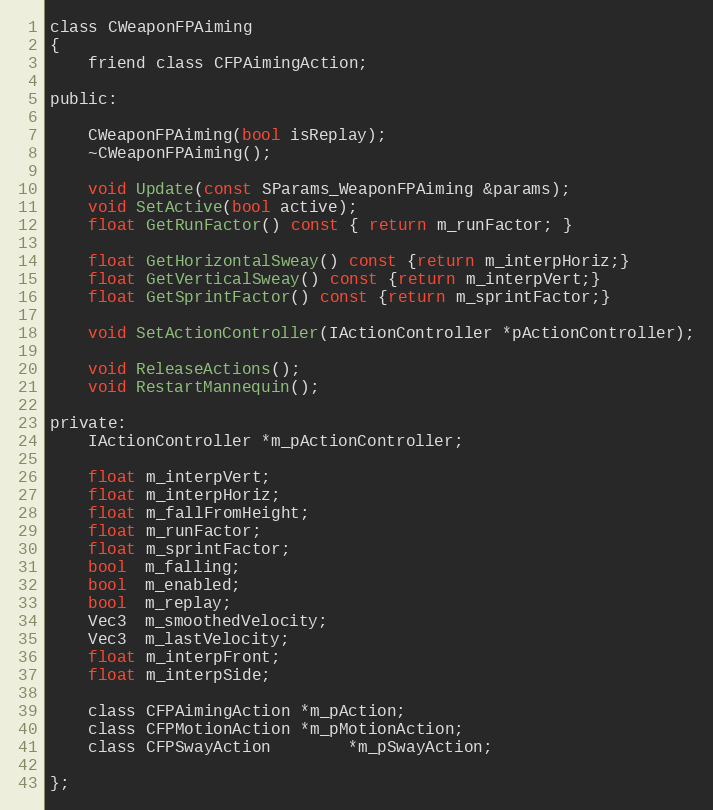
Language: C
class CWeaponFPAiming
{
	friend class CFPAimingAction;

public:

	CWeaponFPAiming(bool isReplay);
	~CWeaponFPAiming();

	void Update(const SParams_WeaponFPAiming &params);
	void SetActive(bool active);
	float GetRunFactor() const { return m_runFactor; }

	float GetHorizontalSweay() const {return m_interpHoriz;}
	float GetVerticalSweay() const {return m_interpVert;}
	float GetSprintFactor() const {return m_sprintFactor;}

	void SetActionController(IActionController *pActionController);

	void ReleaseActions();
	void RestartMannequin();

private:
	IActionController *m_pActionController;

	float m_interpVert;
	float m_interpHoriz;
	float m_fallFromHeight;
	float m_runFactor;
	float m_sprintFactor;
	bool  m_falling;
	bool  m_enabled;
	bool  m_replay;
	Vec3  m_smoothedVelocity;
	Vec3  m_lastVelocity;
	float m_interpFront;
	float m_interpSide;

	class CFPAimingAction *m_pAction;
	class CFPMotionAction *m_pMotionAction;
	class CFPSwayAction		*m_pSwayAction;

};